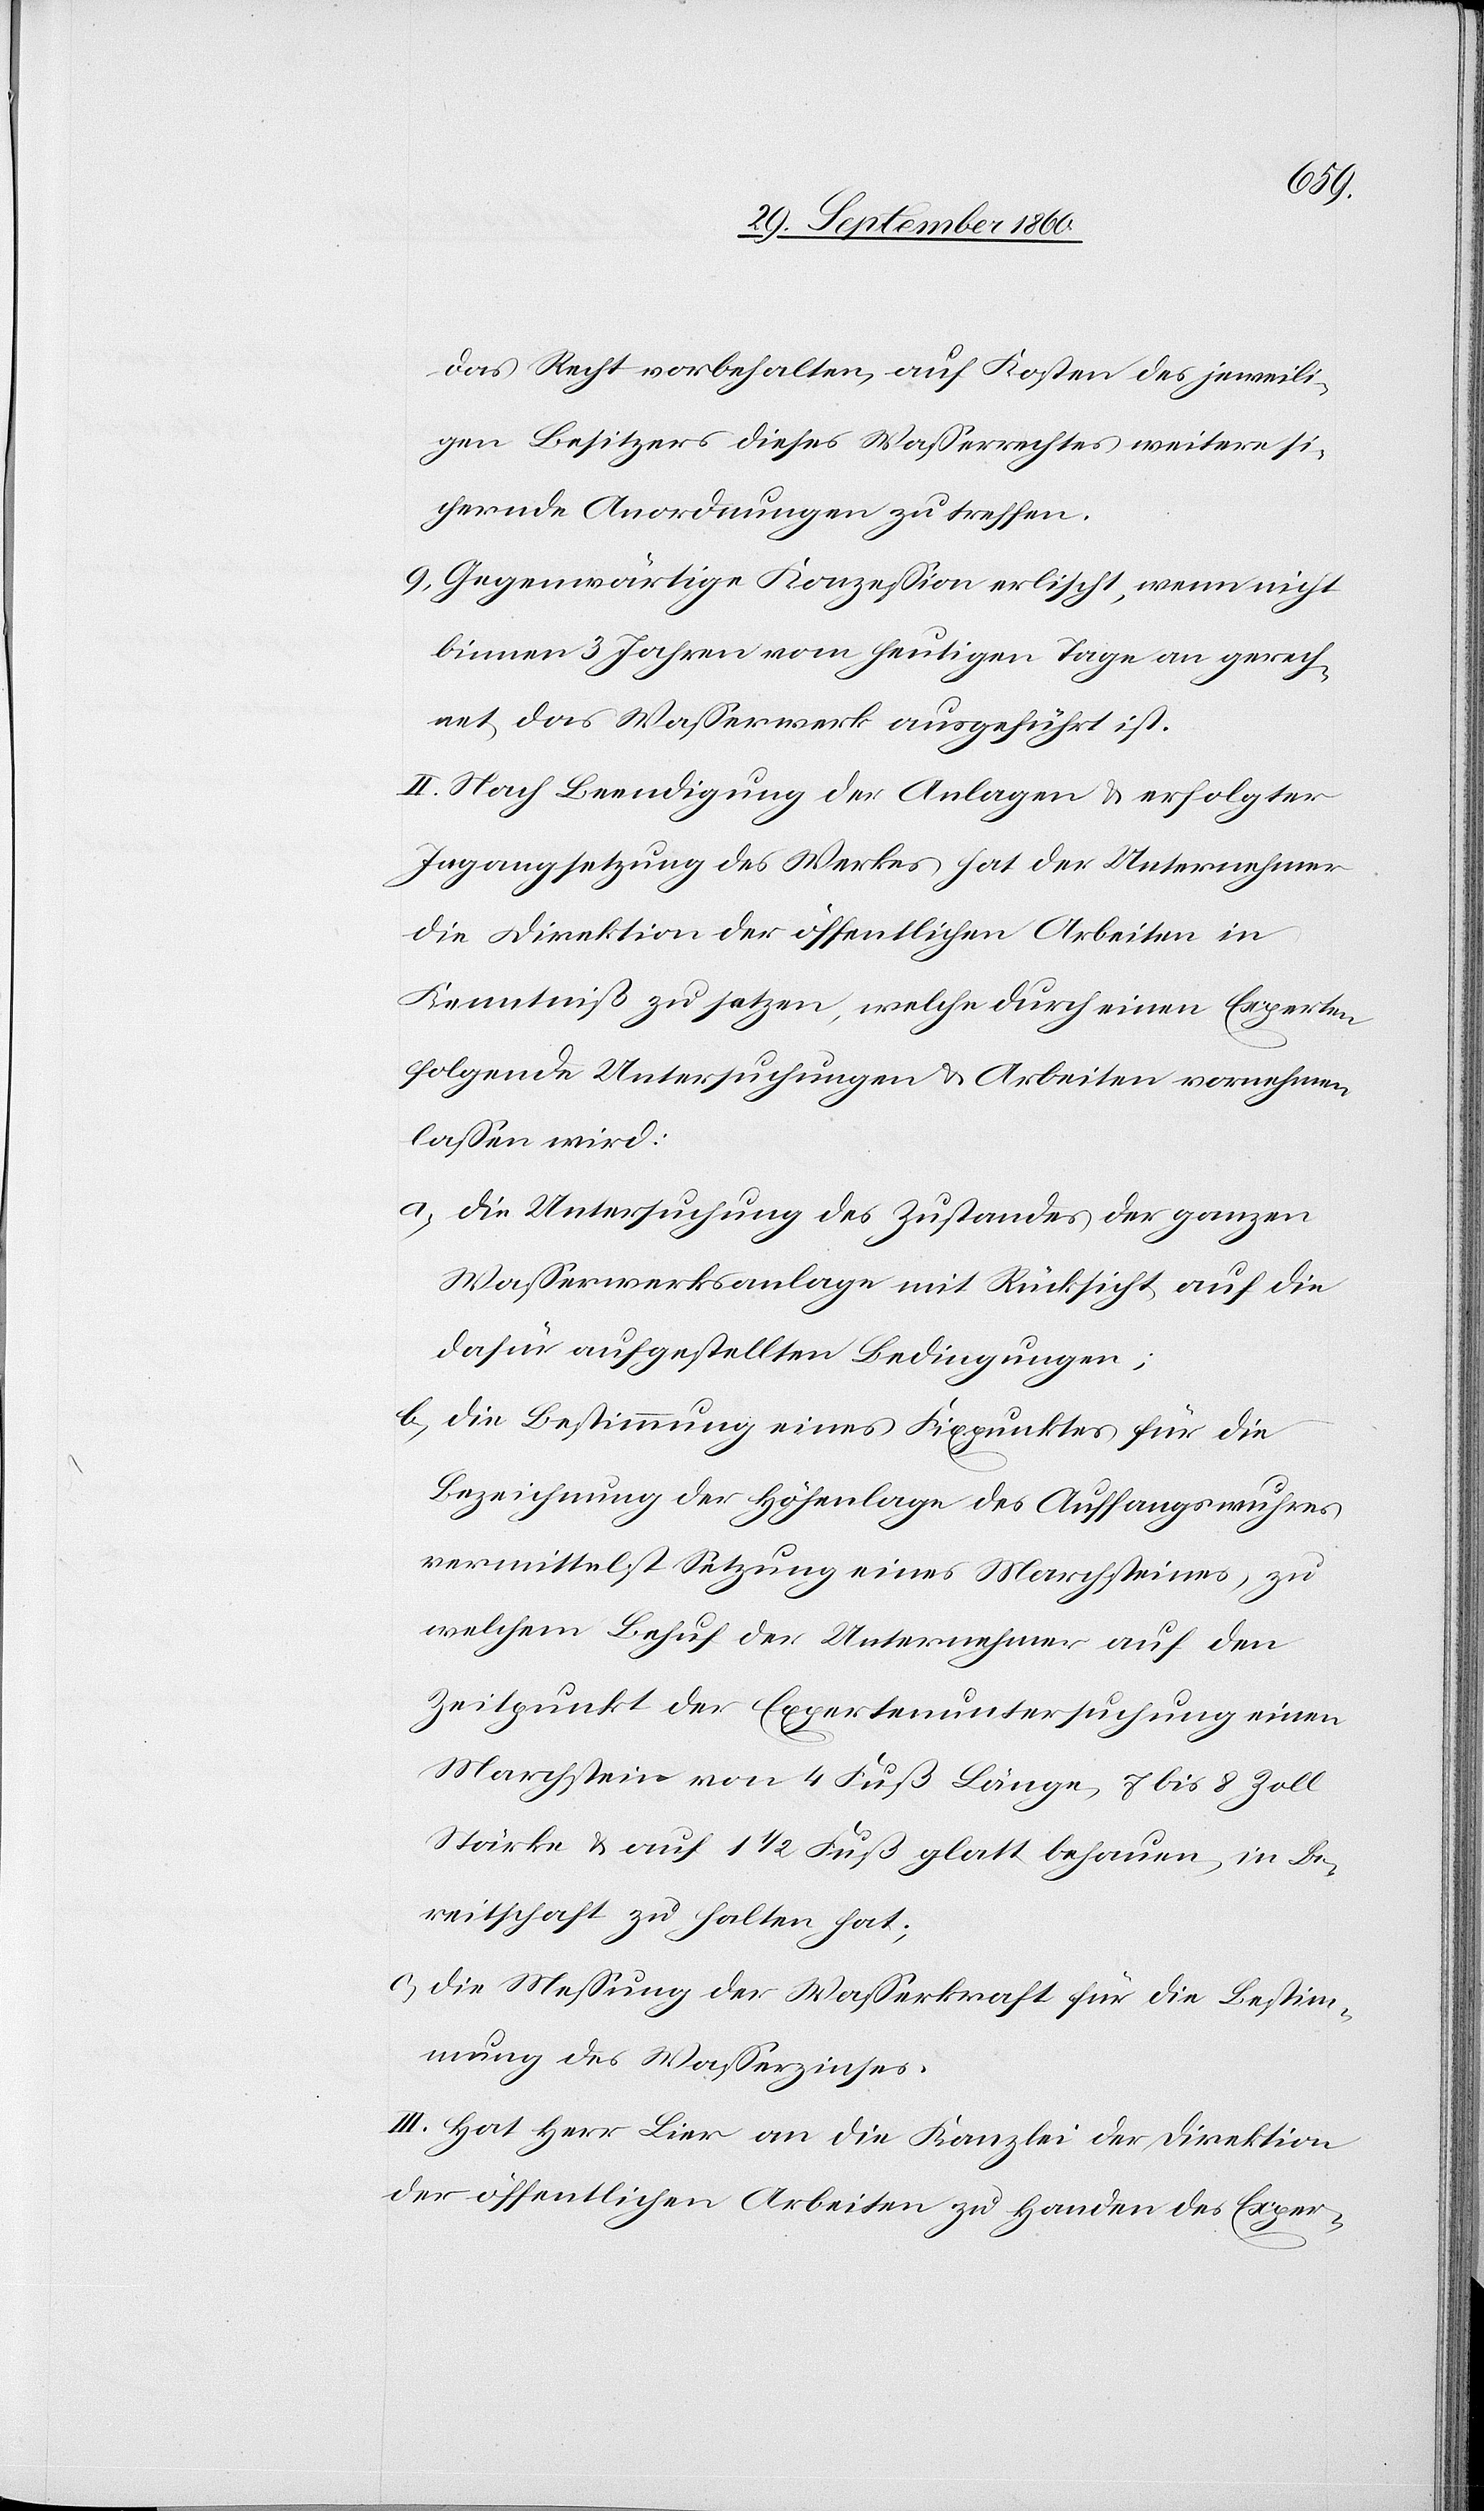
das Recht vorbehalten, auf Kosten des jeweili¬
gen Besitzers dieses Wasserrechtes weitere si¬
chernde Anordnungen zu treffen.
9) Gegenwärtige Konzession erlischt, wenn nicht
binnen 3 Jahren vom heutigen Tage an gerech¬
net, das Wasserwerk ausgeführt ist.
II. Nach Beendigung der Anlagen u. erfolgter
Ingangsetzung des Werkes hat der Unternehmer
die Direktion der öffentlichen Arbeiten in
Kenntniß zu setzen, welche durch einen Experten
folgende Untersuchungen u. Arbeiten vornehmen
lassen wird:
a) die Untersuchung des Zustandes der ganzen
Wasserwerksanlage mit Rücksicht auf die
dafür aufgestellten Bedingungen;
b) die Bestimmung eines Fixpunktes für die
Bezeichnung der Höhenlage des Auffangswuhres
vermittelst Setzung eines Marchsteines, zu
welchem Behuf der Unternehmer auf den
Zeitpunkt der Expertenuntersuchung einen
Marchstein von 4 Fuß Länge, 7 bis 8 Zoll
Stärke u. auf 1 1/2 Fuß glatt behauen, in Be¬
reitschaft zu halten hat;
c) die Messung der Wasserkraft für die Bestim¬
mung des Wasserzinses.
III. Hat Herr Lier an die Kanzlei der Direktion
der öffentlichen Arbeiten zu Handen des Exper-